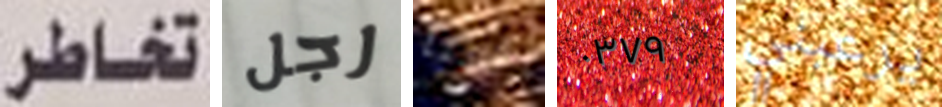
تخاطر رجل هيا ٠٣٧٩ يرعبني